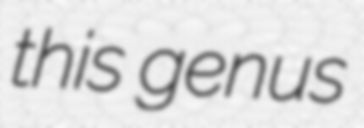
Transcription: this genus